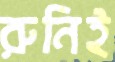
রুনিই